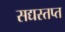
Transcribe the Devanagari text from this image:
सद्यस्तप्त